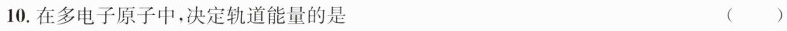
10.在多电子原子中，决定轨道能量的是 ()